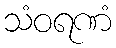
သံဝရဏံ